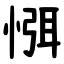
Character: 㥝